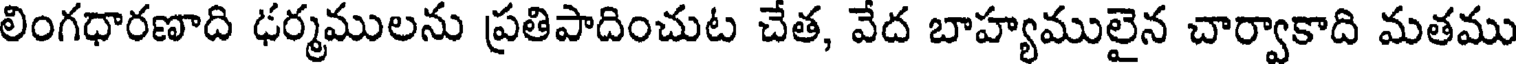
లింగధారణాది ఢర్మములను ప్రతిపాదించుట చేత, వేద బాహ్యములైన చార్వాకాది మతము